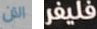
الآن فليفر